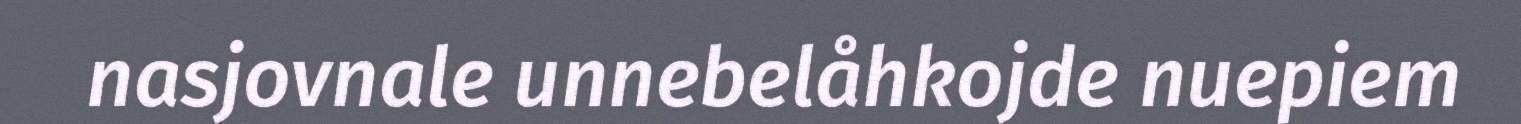
nasjovnale unnebelåhkojde nuepiem